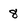
Character: 8